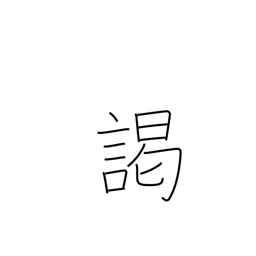
Meaning: audience